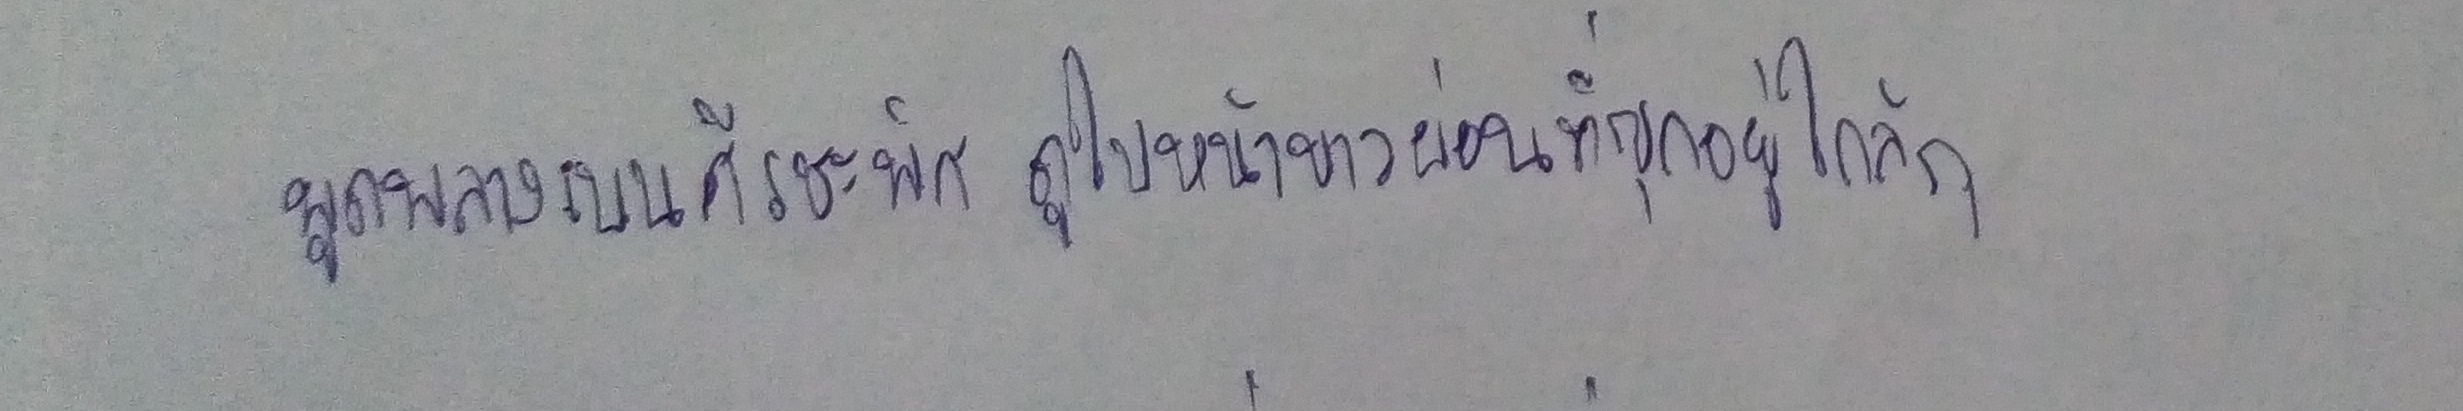
พูดพลางเบนศีรษะพิศดูใบหน้าขาวผ่องที่ซุกอยู่ใกล้ๆ